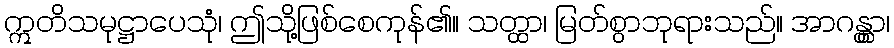
ဣတိသမုဋ္ဌာပေသုံ၊ ဤသို့ဖြစ်စေကုန်၏။ သတ္ထာ၊ မြတ်စွာဘုရားသည်။ အာဂန္တွာ၊